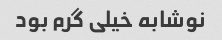
نوشابه خیلی گرم بود